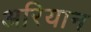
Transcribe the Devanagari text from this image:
अरियान